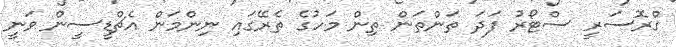
ގްރޮސަރީ ސްޓޯރު ފަދަ ތަންތަން ތިން މަހުގެ ތެރޭގައި ނިންމަން އެޗްޑީސީން ވަނީ